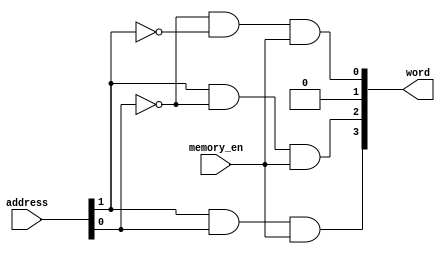
module RAM_decoder(
    input [1:0] address,
    input memory_en,
    output [3:0]word
);

wire net1,nete,net3,net4,net5;
assign net1 = address[0];
assign net2 = address[1];
assign net3 = ~address[0];
assign net4 = ~address[1];

and(word[0],net3,net4,memory_en);//00
and(word[1],net3,net1,memory_en);//01
and(word[2],net2,net3,memory_en);//10
and(word[3],net2,net1,memory_en);//11

endmodule